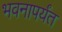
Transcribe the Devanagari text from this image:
भवनापर्यंत